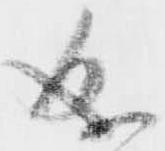
成